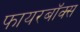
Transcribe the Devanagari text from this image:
फायरबॉक्स